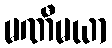
မဏီမယာ